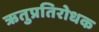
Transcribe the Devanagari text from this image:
ऋतुप्रतिरोधक